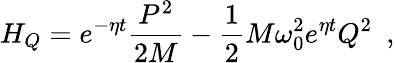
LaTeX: H_{Q}=e^{-\eta t}\frac{P^{2}}{2M}-\frac 12M\omega_{0}^{2}e^{\eta t}Q^{2}\, \, \, ,